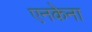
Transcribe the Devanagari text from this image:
एनकेना